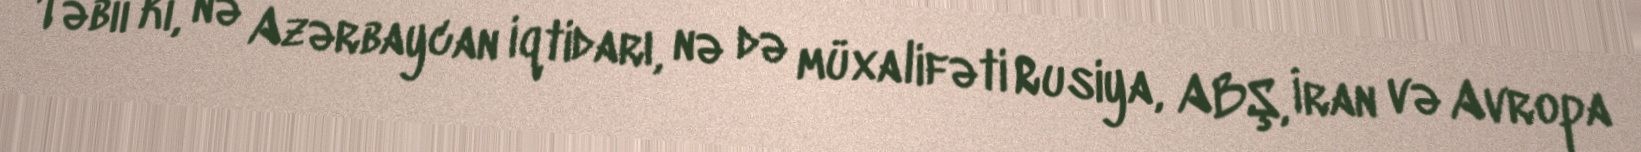
Təbii ki, nə Azərbaycan iqtidarı, nə də müxalifəti Rusiya, ABŞ, İran və Avropa